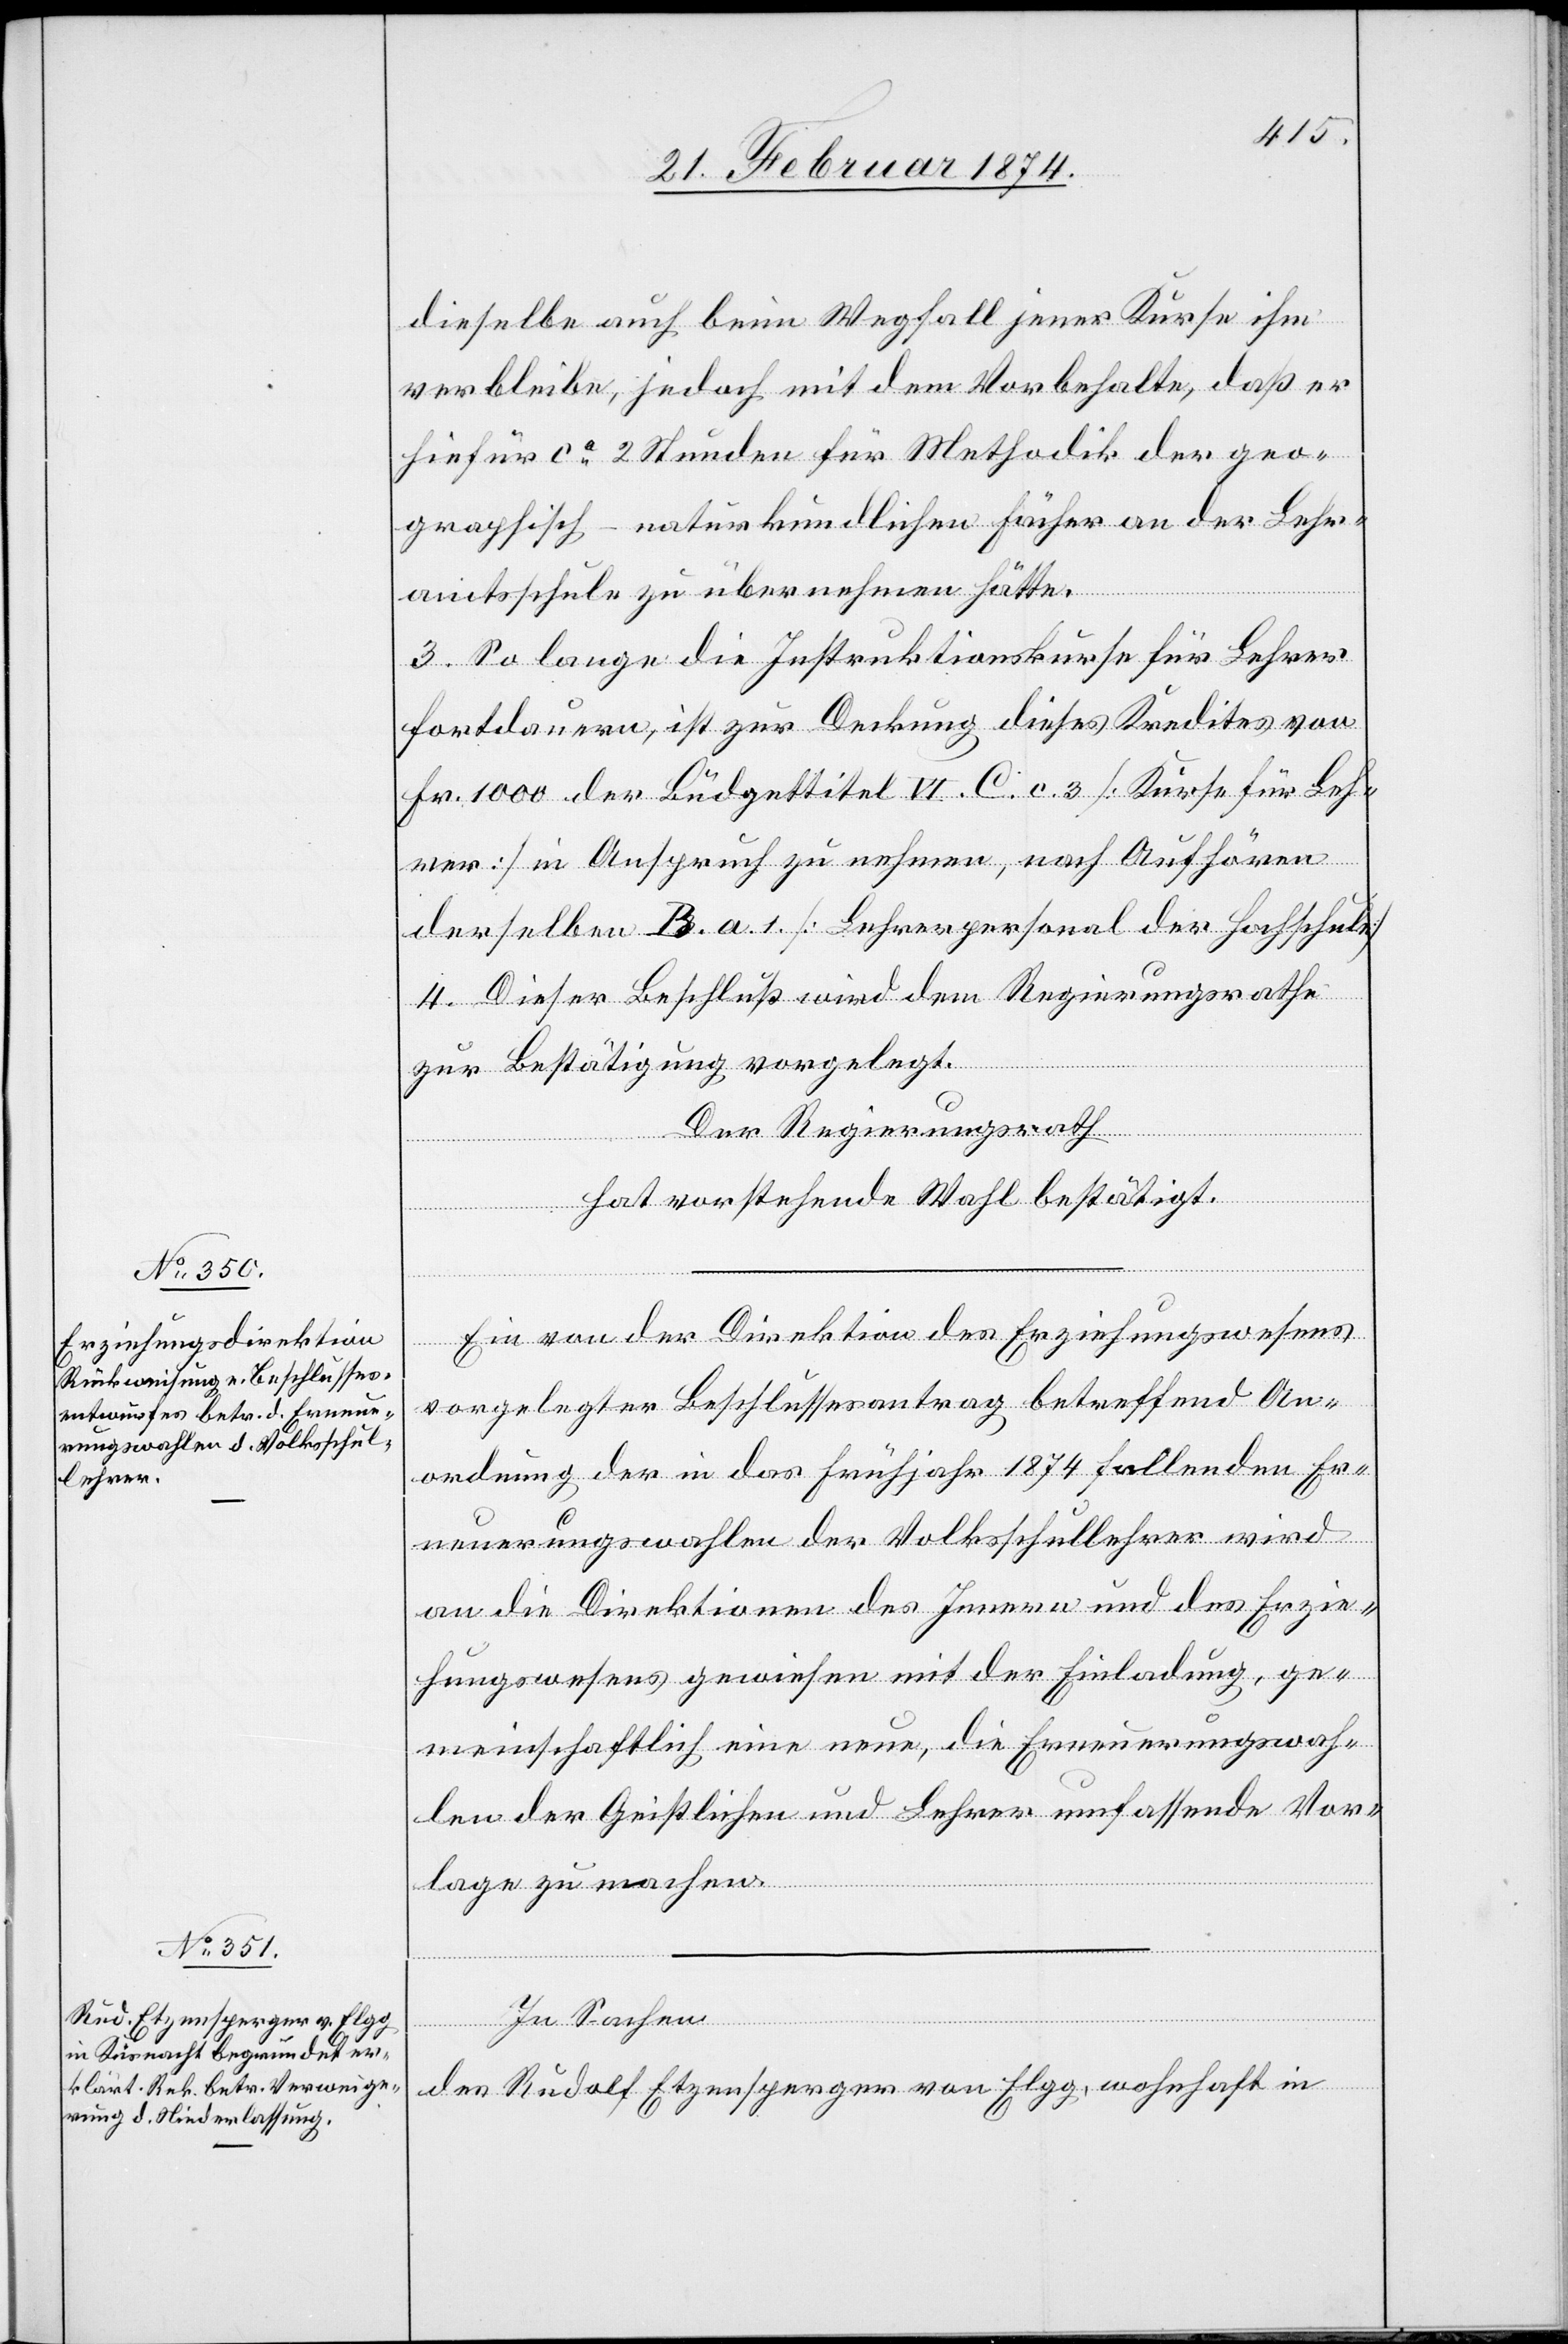
dieselbe auch beim Wegfall jener Kurse ihm
verbleibe, jedoch mit dem Vorbehalte, daß er
hiefür ca 2 Stunden für Methodik der geo¬
graphisch-naturkundlichen Fächer an der Lehr¬
amtsschule zu übernehmen hätte.
3. So lange die Instruktionskurse für Lehrer
fortdauern, ist zur Deckung dieses Kredites von
Fr. 1000 der Büdgettitel VI. C. c. 3 [Kurse für Leh¬
rer] in Anspruch zu nehmen, nach Aufhören
derselben B. a. 1 [Lehrerpersonal der Hochschule]
4. Dieser Beschluß wird dem Regierungsrathe
zur Bestätigung vorgelegt.
Der Regierungsrath
hat vorstehende Wahl bestätigt.
Ein von der Direktion des Erziehungswesens
vorgelegter Beschlussantrag betreffend An¬
ordnung der in das Frühjahr 1874 fallenden Er¬
neuerungswahlen der Volksschullehrer wird
an die Direktionen des Innern und des Erzie¬
hungswesens gewiesen mit der Einladung, ge¬
meinschaftlich eine neue, die Erneuerungswah¬
len der Geistlichen und Lehrer umfassende Vor¬
lage zu machen.
In Sachen
des Rudolf Etzenspergers von Elgg, wohnhaft in